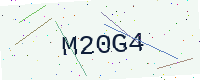
Text: M20G4